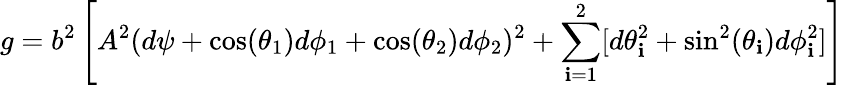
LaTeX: g=b^{2}\left[A^{2}(d\psi+\cos(\theta_{1})d\phi_{1}+\cos(\theta_{2})d\phi_{2})^{2}+\sum_{\mathbf{i}=1}^{2}[d\theta_{\mathbf{i}}^{2}+\sin^{2}(\theta_{\mathbf{i}})d\phi_{\mathbf{i}}^{2}]\right]